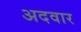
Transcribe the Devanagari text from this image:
अदवार